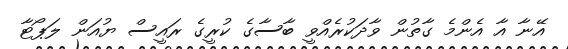
އޭނާ އާ އެންމެ ގާތުން ވާދަކުރެއްވީ ބާސާގެ ކުރީގެ ރައީސް ޔުއަން ލަޕޯޓާ